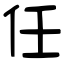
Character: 任